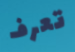
تعرف